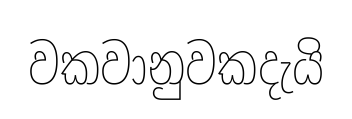
වකවානුවකදැයි